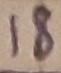
Text: 18